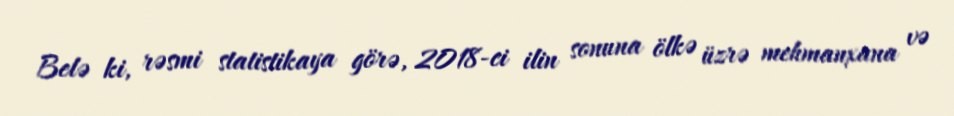
Belə ki, rəsmi statistikaya görə, 2018-ci ilin sonuna ölkə üzrə mehmanxana və